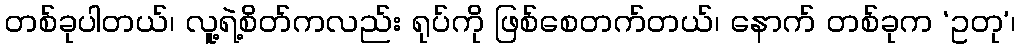
တစ်ခုပါတယ်၊ လူ့ရဲ့စိတ်ကလည်း ရုပ်ကို ဖြစ်စေတက်တယ်၊ နောက် တစ်ခုက ‘ဥတု’၊